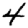
Digit: 4